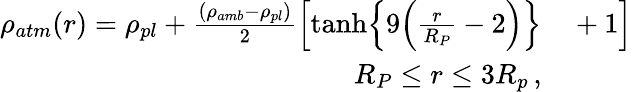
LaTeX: \begin{array}{rl}{\rho_{{atm}}(r)=\rho_{{pl}}+\frac{(\rho_{{amb}}-\rho_{{pl}})}{2}\Big[{\operatorname{tanh}}\Big\{ 9\Big(\frac{r}{R_{P}}-2\Big)\Big\} }&{{}+1\Big]}\\ {{R_{P}}\leq r\leq{3R_{p}}\thinspace,}\end{array}